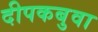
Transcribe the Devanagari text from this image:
दीपकबुवा